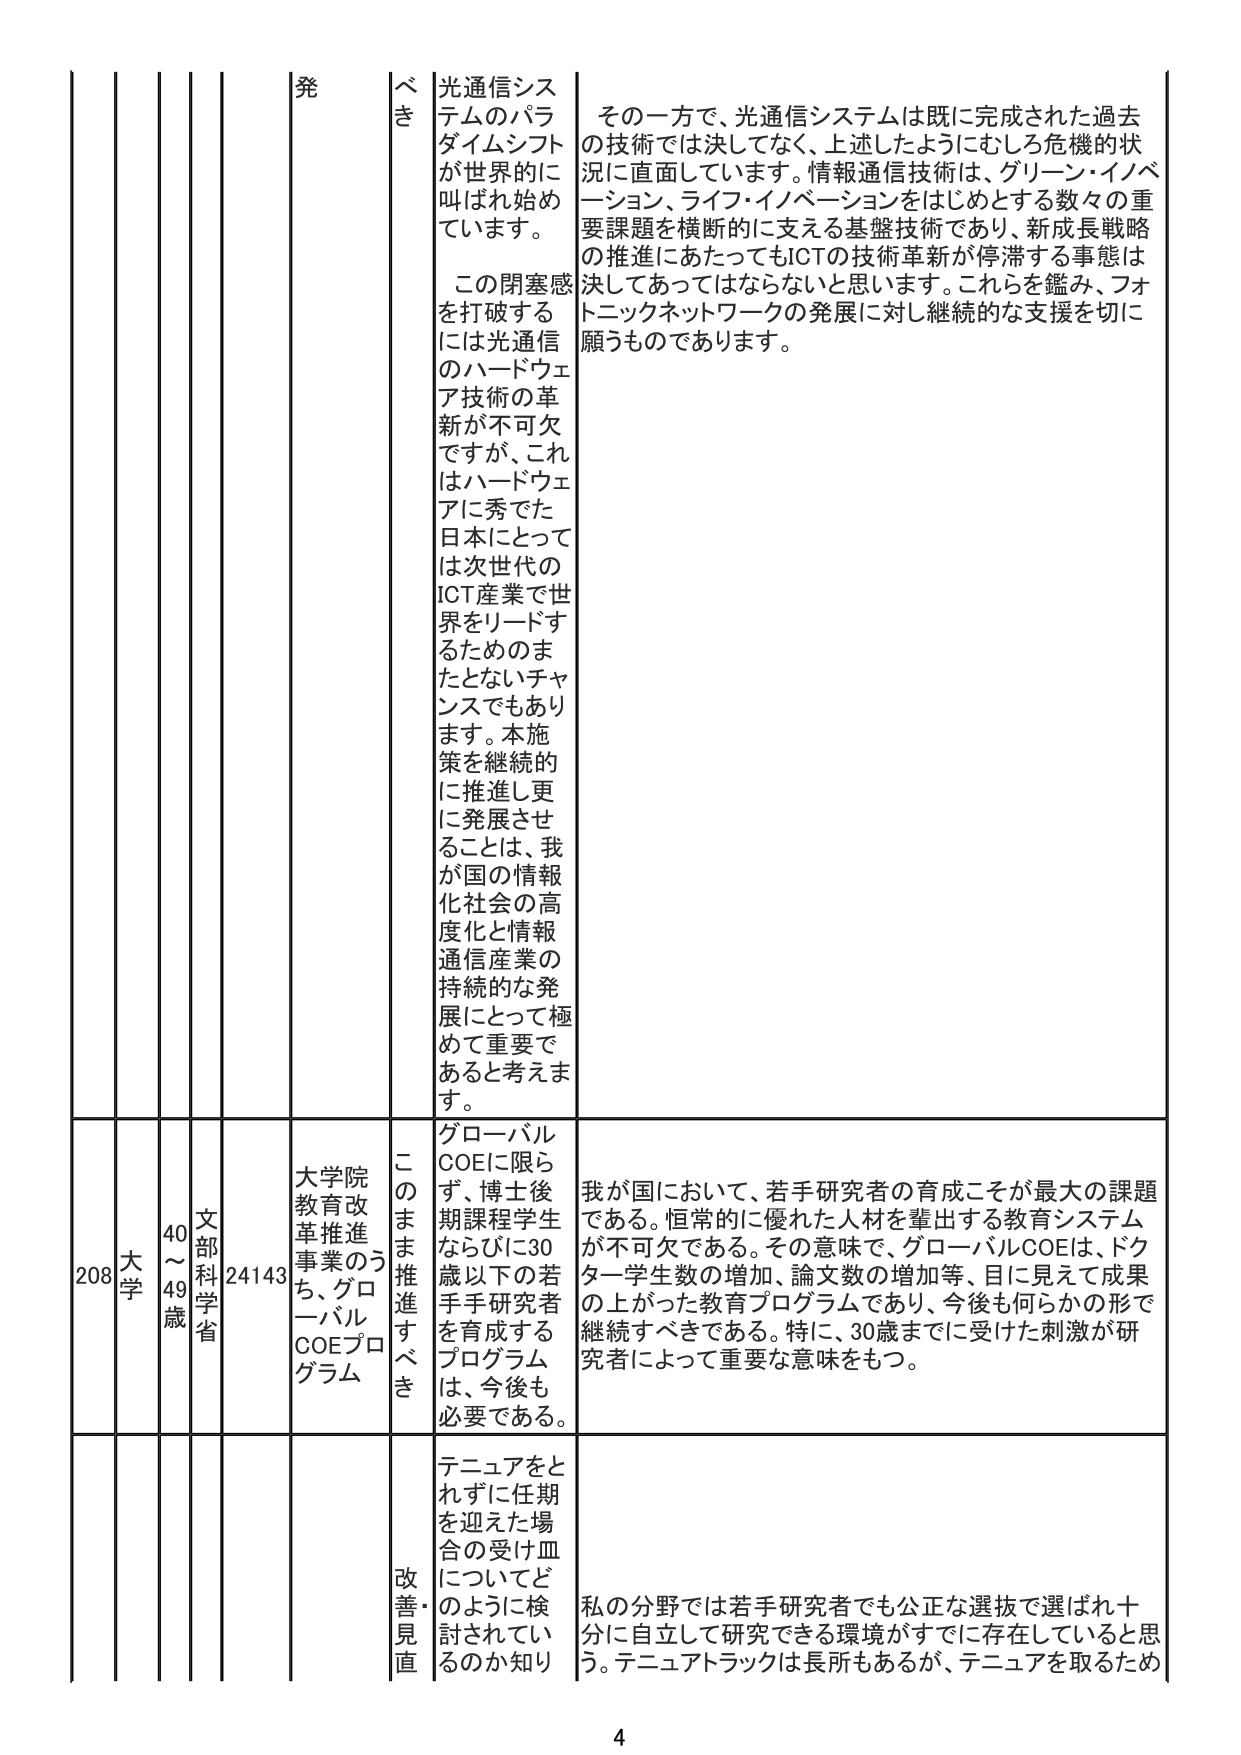
発
べき
光通信システムのパラダイムシフトが世界的に叫ばれ始めています。
この閉塞感を打破するには光通信のハードウェア技術の革新が不可欠ですが、これはハードウェアに秀でた日本にとっては次世代のICT産業で世界をリードするためのまたとないチャンスでもあります。本施策を継続的に推進し更に発展させることは、我が国の情報化社会の高度化と情報通信産業の持続的な発展にとって極めて重要であると考えます。
その一方で、光通信システムは既に完成された過去の技術では決してなく、上述したようにむしろ危機的状況に直面しています。情報通信技術は、グリーン・イノベーション、ライフ・イノベーションをはじめとする数々の重要課題を横断的に支える基盤技術であり、新成長戦略の推進にあたってもICTの技術革新が停滞する事態は決してあってはならないと思います。これらを鑑み、フォトニックネットワークの発展に対し継続的な支援を切に願うものであります。

208
大学
40～49歳
文部科学省
24143
大学院教育改革推進事業のうち、グローバルCOEプログラム
このまま推進すべき
グローバルCOEに限らず、博士後期課程学生ならびに30歳以下の若手研究者を育成するプログラムは、今後も必要である。
我が国において、若手研究者の育成こそが最大の課題である。恒常的に優れた人材を輩出する教育システムが不可欠である。その意味で、グローバルCOEは、ドクター学生数の増加、論文数の増加等、目に見えて成果の上がった教育プログラムであり、今後も何らかの形で継続すべきである。特に、30歳までに受けた刺激が研究者によって重要な意味をもつ。

改善・見直し
テニュアをとれずに任期を迎えた場合の受け皿についてどのように検討されているのか知り
私の分野では若手研究者でも公正な選抜で選ばれ十分に自立して研究できる環境がすでに存在していると思う。テニュアトラックは長所もあるが、テニュアを取るため

4